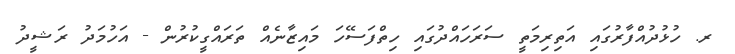
ރ. ހުޅުދުއްފާރުގައި އަތިރިމަތީ ސަރަހައްދުގައި ހިތްފަސޭހަ މައިޒާނެއް ތަރައްގީކުރުން - އަހުމަދު ރަޝީދު